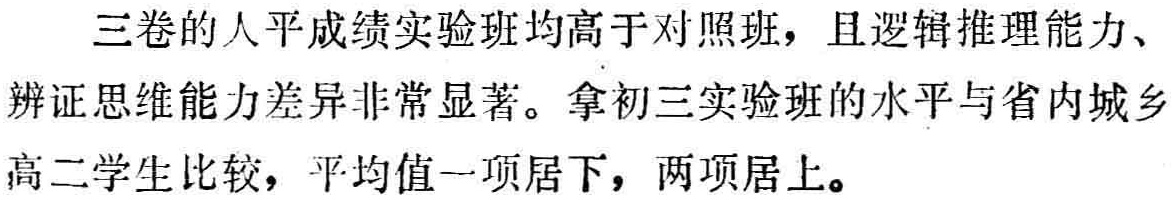
三卷的人平成绩实验班均高于对照班，且逻辑推理能力、

辨证思维能力差异非常显著。拿初三实验班的水平与省内城乡

高二学生比较，平均值一项居下，两项居上。